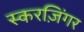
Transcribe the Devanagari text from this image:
स्करज़िंगर